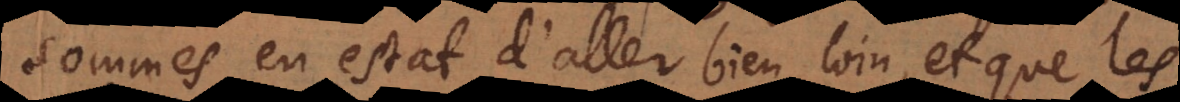
sommes en estat d’aller bien loin, et que les